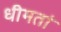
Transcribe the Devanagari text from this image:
धीमतां